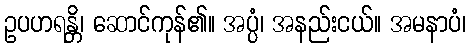
ဥပဟရန္တိ၊ ဆောင်ကုန်၏။ အပ္ပံ၊ အနည်းငယ်။ အမနာပံ၊